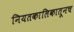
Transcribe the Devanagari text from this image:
नियतकालिकातूनच